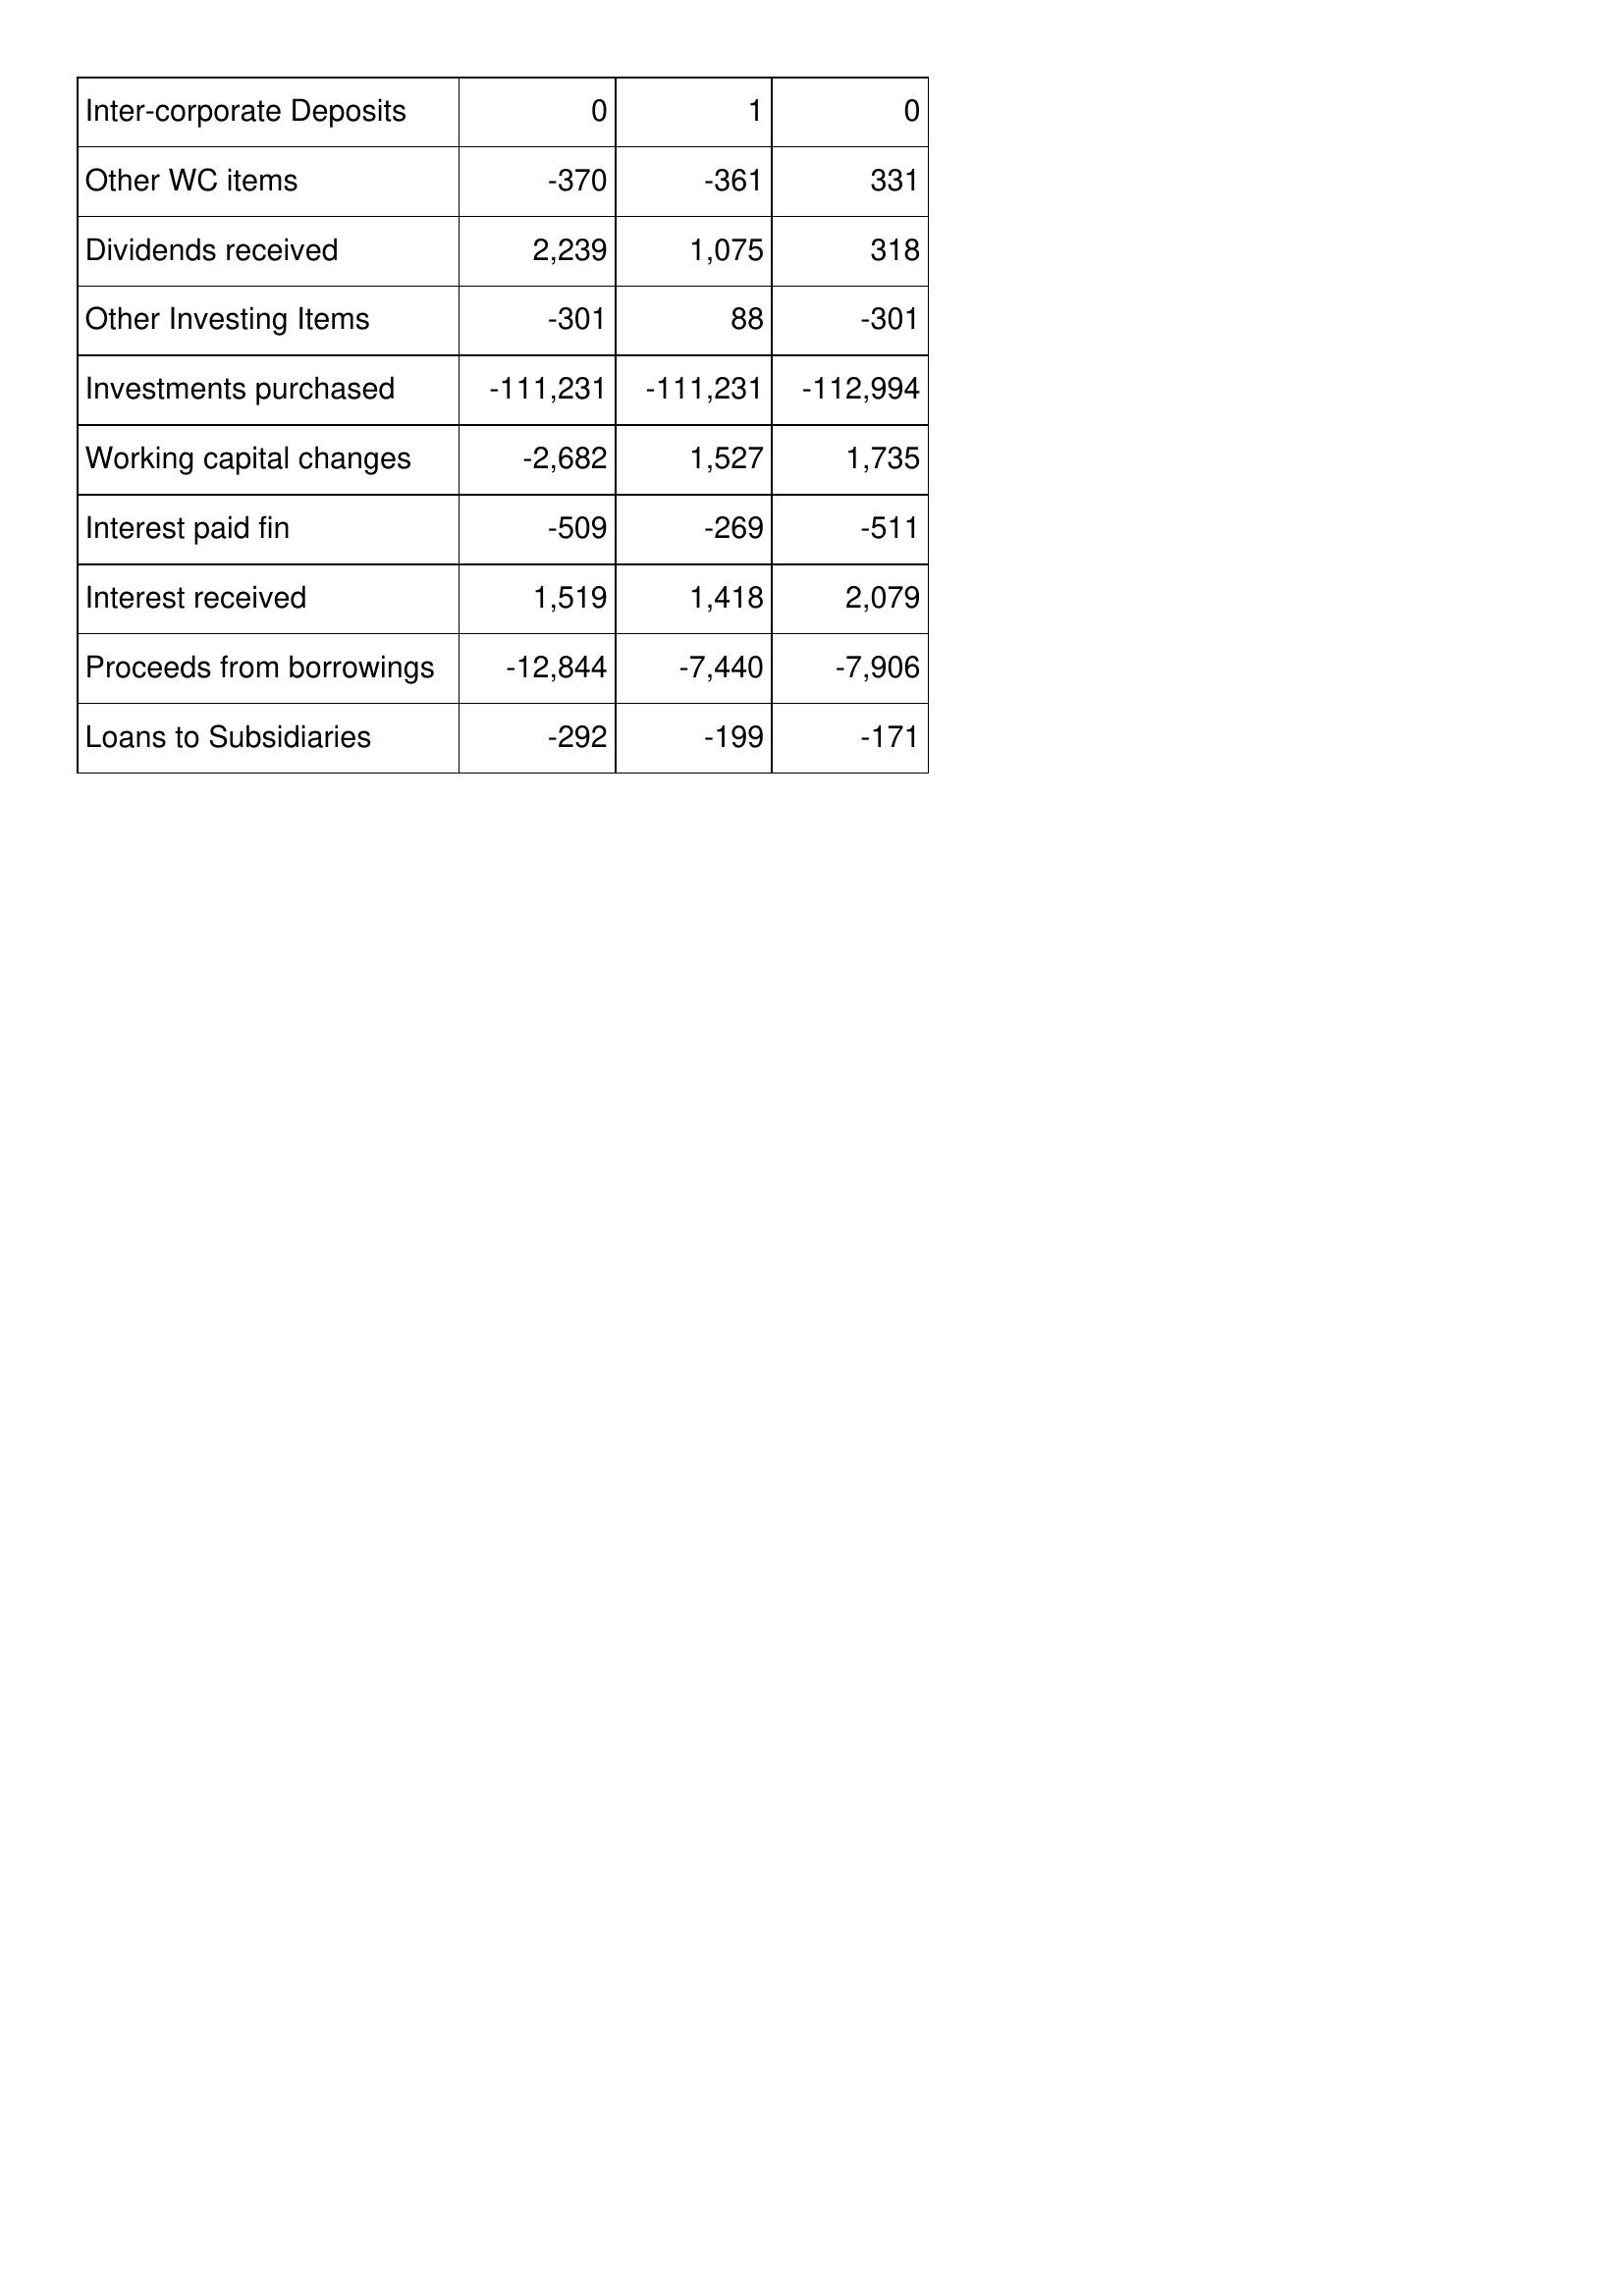
Mar-93: Cash Flows: Inter-corporate Deposits: 0
Other WC items: -370
Dividends received: 2,239
Other Investing Items: -301
Investments purchased: -111,231
Working capital changes: -2,682
Interest paid fin: -509
Interest received: 1,519
Proceeds from borrowings: -12,844
Loans to Subsidiaries: -292
Mar-92: Cash Flows: Inter-corporate Deposits: 1
Other WC items: -361
Dividends received: 1,075
Other Investing Items: 88
Investments purchased: -111,231
Working capital changes: 1,527
Interest paid fin: -269
Interest received: 1,418
Proceeds from borrowings: -7,440
Loans to Subsidiaries: -199
Mar-91: Cash Flows: Inter-corporate Deposits: 0
Other WC items: 331
Dividends received: 318
Other Investing Items: -301
Investments purchased: -112,994
Working capital changes: 1,735
Interest paid fin: -511
Interest received: 2,079
Proceeds from borrowings: -7,906
Loans to Subsidiaries: -171